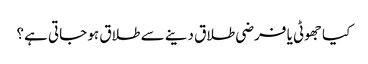
کیا جھوٹی یا فرضی طلاق دینے سے طلاق ہو جاتی ہے؟